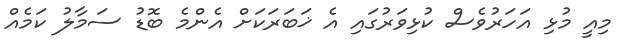
މިއީ މުޅި އަހަރުވެސް ކުޅިވަރުގައި އެ ޚަބަރަކަށް އެންމެ ބޮޑު ސަމާލު ކަމެއް